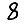
Digit: 8